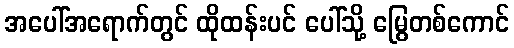
အပေါ်အရောက်တွင် ထိုထန်းပင် ပေါ်သို့ မြွေတစ်ကောင်